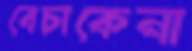
বেচাকেনা